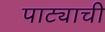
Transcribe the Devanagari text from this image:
पाट्याची